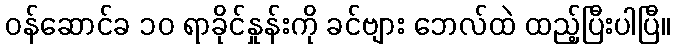
ဝန်ဆောင်ခ ၁၀ ရာခိုင်နှုန်းကို ခင်ဗျား ဘေလ်ထဲ ထည့်ပြီးပါပြီ။